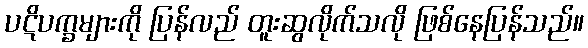
ပဋိပက္ခများကို ပြန်လည် တူးဆွလိုက်သလို ဖြစ်နေပြန်သည်။